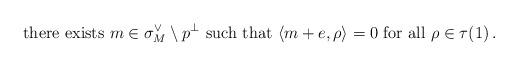
LaTeX: \begin{align*} \mbox{there exists }m \in \sigma^\vee_M\setminus p^\bot \mbox{ such that } \langle m+e,\rho\rangle=0 \mbox{ for all } \rho\in \tau(1)\,. \end{align*}